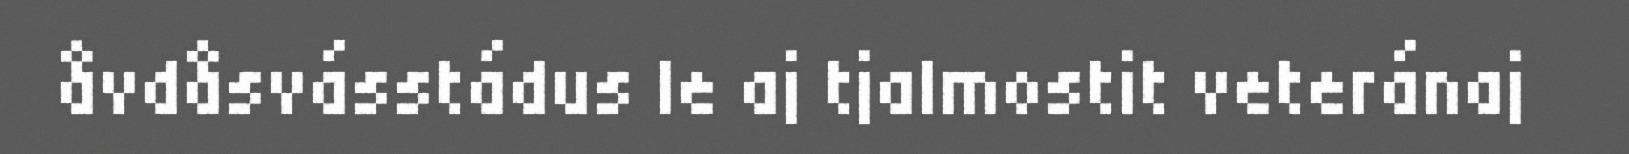
åvdåsvásstádus le aj tjalmostit veteránaj